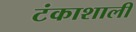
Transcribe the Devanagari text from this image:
टंकाशाली